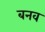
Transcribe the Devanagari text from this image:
बनव